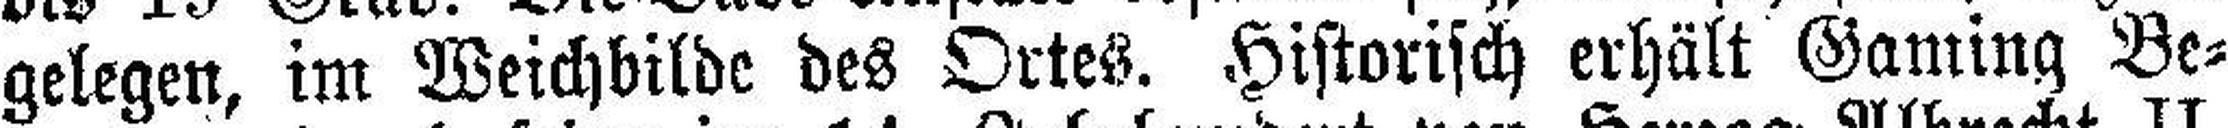
gelegen, im Weichbilde des Ortes. Historisch erhält Gaming Be¬